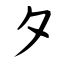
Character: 夕